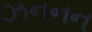
ઝનનન